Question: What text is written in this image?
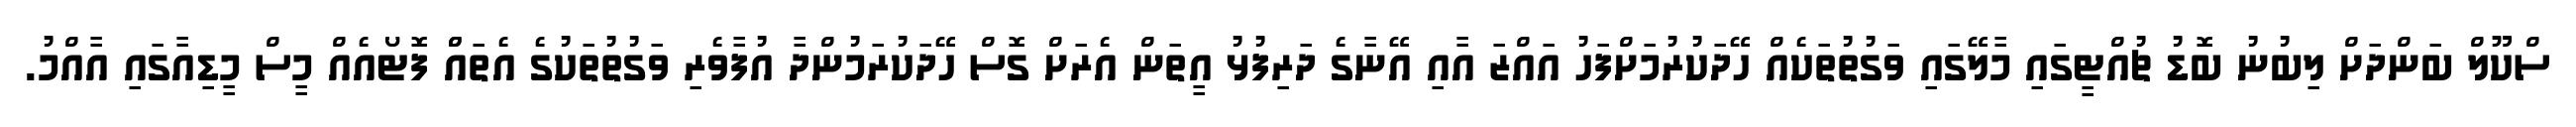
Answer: ސްކޫލް ބަންދަށް ލިބުނު ބޮޑު ޗުއްޓީގައި މާލޭގައި ވަގުތުތަކެއް ހޭދަކުރުމަށްފަހު އައްޒަ އާއި އޭނާގެ ދަރިފުޅު އީތަން އެރަށް ގޮސް ހޭދަކުރަމުންދާ އުފާވެރި ވަގުތުތަކުގެ އެތައްް ފޮޓޯއެއް މީސް މީޑިއާގައި އާއްމު.